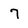
Character: 7